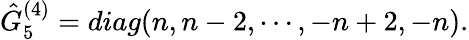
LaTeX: \hat{G}_{5}^{(4)}=diag(n,n-2,\cdots,-n+2,-n).